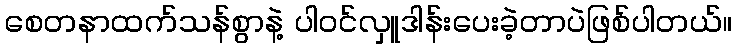
စေတနာထက်သန်စွာနဲ့ ပါဝင်လှူဒါန်းပေးခဲ့တာပဲဖြစ်ပါတယ်။